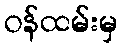
ဝန်ထမ်းမှ